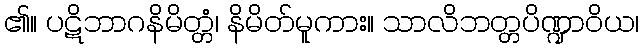
၏။ ပဋိဘာဂနိမိတ္တံ၊ နိမိတ်မူကား။ သာလိဘတ္တပိဏ္ဍာဝိယ၊